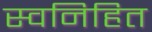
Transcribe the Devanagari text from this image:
स्वनिहित